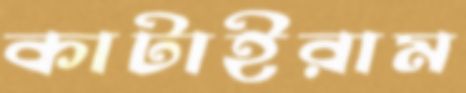
কাটাইরাম